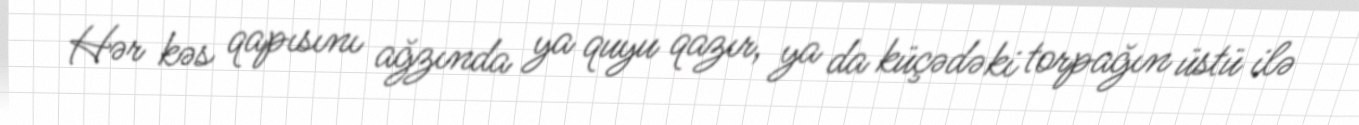
Hər kəs qapısını ağzında ya quyu qazır, ya da küçədəki torpağın üstü ilə